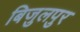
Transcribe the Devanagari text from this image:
बिजुलपुर